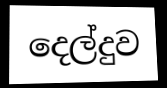
දෙල්දුව